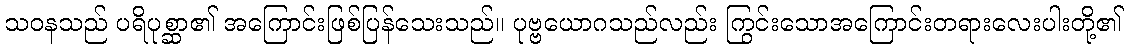
သဝနသည် ပရိပုစ္ဆာ၏ အကြောင်းဖြစ်ပြန်သေးသည်။ ပုဗ္ဗယောဂသည်လည်း ကြွင်းသောအကြောင်းတရားလေးပါးတို့၏